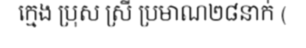
ក្មេង ប្រុស ស្រី ប្រមាណ២៨នាក់ (